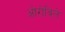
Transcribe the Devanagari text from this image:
ओरोविले